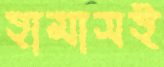
হামাসই